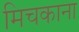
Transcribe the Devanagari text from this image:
मिचकाना